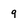
Character: 9